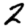
Digit: 2